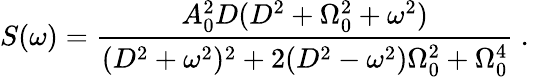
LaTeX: S(\omega)=\frac{A_{0}^{2}D(D^{2}+\Omega_{0}^{2}+\omega^{2})}{(D^{2}+\omega^{2})^{2}+2(D^{2}-\omega^{2})\Omega_{0}^{2}+\Omega_{0}^{4}}\mathrm{~.~}